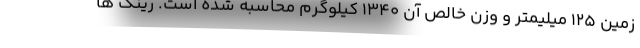
زمین 125 میلیمتر و وزن خالص آن 1340 کیلوگرم محاسبه شده است. رینگ ها